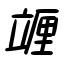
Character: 竰